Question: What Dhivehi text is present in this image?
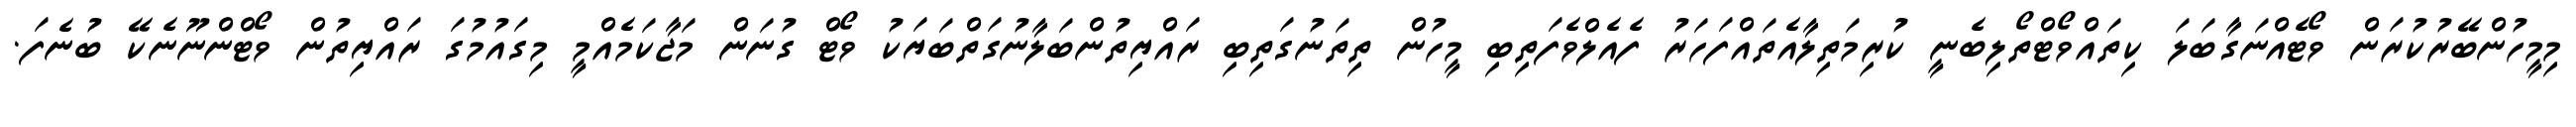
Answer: މިމީހުންބޭރުކުރަން ވޯޓެއްނަގާބަލަ ކިތައްވޯޓްތޯލިބެނީ ކުރިމަތިލާއެތައްފަހަރު ފެއެލްވެފަތިބި މީހުން ތިތަނުގަތިބި ރައްޔިތުންބަލާނުގަތްބަޔަކު ވޯޓް ގުނަން މަޖާކަމެއްމީ މިގައުމުގަ ރައްޔިތުން ވޯޓްންނޫނެކޭ ބުނެފަ.